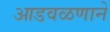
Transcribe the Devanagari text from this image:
आडवळणाने